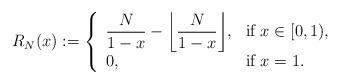
LaTeX: \begin{align*} R_{N}(x):=\left\{\begin{array}{lll}{\displaystyle \frac{N}{1-x}- \left\lfloor\frac{N}{1-x}\right\rfloor}, & { \mbox{if } x \in [0, 1),} \\ 0, & \mbox{if } x=1.\end{array}\right.\end{align*}